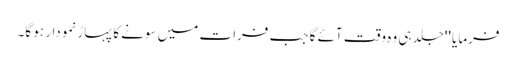
فرمایا ''جلد ہی وہ وقت آئے گا جب فرات میں سونے کا پہاڑ نمودار ہو گا۔